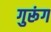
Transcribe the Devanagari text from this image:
गुरूंग